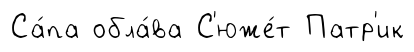
Са́па обла́ва С'юже́т Патр'ик